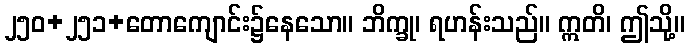
၂၅၀+၂၅၁+တောကျောင်း၌နေသော။ ဘိက္ခု၊ ရဟန်းသည်။ ဣတိ၊ ဤသို့။